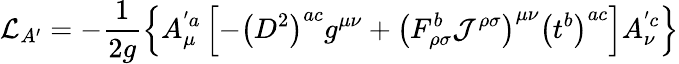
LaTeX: {\cal{\mathcal{L}}}_{A^{\prime}}=-\frac{{1}}{{2g}}\left\{ A_{\mu}^{'a}\left[-\left(D^{2}\right)^{ac}g^{\mu\nu}+\left(F_{\rho\sigma}^{b}{\cal{J}}^{\rho\sigma}\right)^{\mu\nu}\left(t^{b}\right)^{ac}\right]A_{\nu}^{'c}\right\}